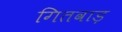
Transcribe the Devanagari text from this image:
गितवाड़